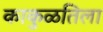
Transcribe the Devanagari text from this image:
काकुळतिला